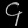
Digit: ၄